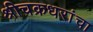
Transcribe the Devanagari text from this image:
श्रीचक्रधरांचा